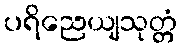
ပရိညေယျသုတ္တံ